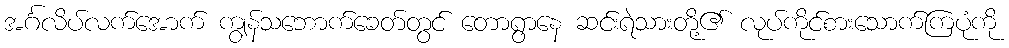
အင်္ဂလိပ်လက်အောက် ကျွန်သဘောက်ခေတ်တွင် တောရွာနေ ဆင်းရဲသားတို့၏ လုပ်ကိုင်စားသောက်ကြပုံကို